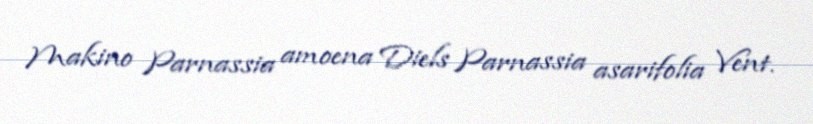
Makino Parnassia amoena Diels Parnassia asarifolia Vent.